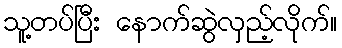
သူ့တပ်ပြီး နောက်ဆွဲလှည့်လိုက်။